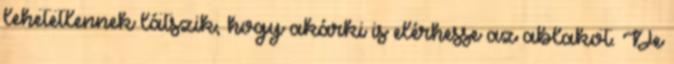
lehetetlennek látszik, hogy akárki is elérhesse az ablakot. De